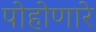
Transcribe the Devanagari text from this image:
पोहोणारे